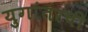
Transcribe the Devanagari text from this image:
युगांतरची